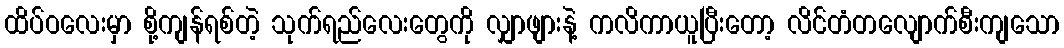
ထိပ်ဝလေးမှာ စို့ကျန်ရစ်တဲ့ သုက်ရည်လေးတွေကို လျှာဖျားနဲ့ ကလိကာယူပြီးတော့ လိင်တံတလျောက်စီးကျသော